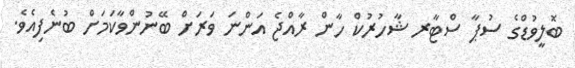
ބޮލީވުޑްގެ ސުޕާ ސްޓާރ ޝާހުރުކް ހާން ރާއްޖެ އަންނަ ވަރަށް ބޭނުންވާކަމަށް ބުނެފިއެވެ.